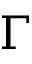
\Gamma